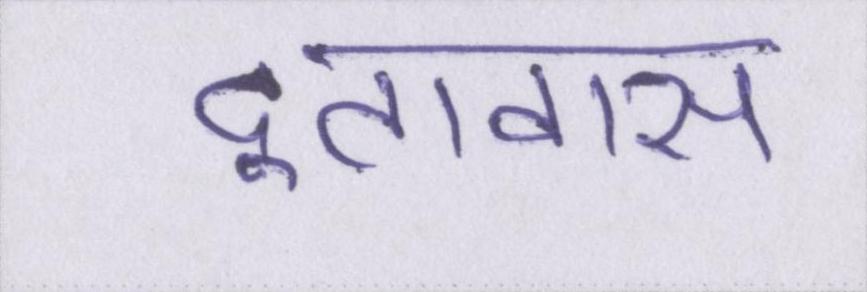
दूतावास